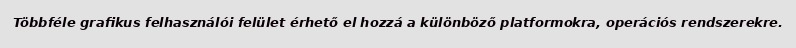
Többféle grafikus felhasználói felület érhető el hozzá a különböző platformokra, operációs rendszerekre.